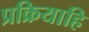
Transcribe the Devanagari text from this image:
प्रक्रियाहि